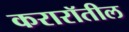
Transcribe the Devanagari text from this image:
करारॉतील